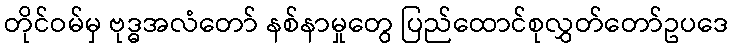
တိုင်ဝမ်မှ ဗုဒ္ဓအလံတော် နစ်နာမှုတွေ ပြည်ထောင်စုလွှတ်တော်ဥပဒေ